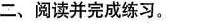
二、阅读并完成练习。